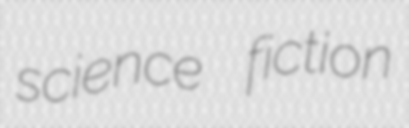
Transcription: science fiction